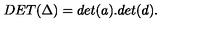
D E T ( \Delta ) = d e t ( a ) . d e t ( d ) .